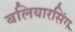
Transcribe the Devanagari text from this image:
बलियारसिंग